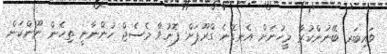
ވައިބަރ ބޭނުންކުރާ މީހުނަށް އެނގޭނެ ގްރޫޕަށް ފޮނުވާ މެސެޖް ހުންނާނީ ތިހެން ނޫންކަން